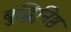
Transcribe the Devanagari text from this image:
बुद्धिनि़ष्ठ